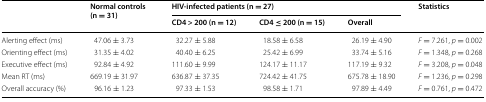
<table><thead><tr><td rowspan="2"></td><td rowspan="2"><b>Normal controls (n = 31)</b></td><td colspan="3"><b>HIV-infected patients (n = 27)</b></td><td rowspan="2"><b>Statistics</b></td></tr><tr><td><b>CD4 &gt; 200 (n = 12)</b></td><td><b>CD4 ≤ 200 (n = 15)</b></td><td><b>Overall</b></td></tr></thead><tbody><tr><td>Alerting effect (ms)</td><td>47.06 ± 3.73</td><td>32.27 ± 5.88</td><td>18.58 ± 6.58</td><td>26.19 ± 4.90</td><td><i>F</i> = 7.261, <i>p</i> = 0.002</td></tr><tr><td>Orienting effect (ms)</td><td>31.35 ± 4.02</td><td>40.40 ± 6.25</td><td>25.42 ± 6.99</td><td>33.74 ± 5.16</td><td><i>F</i> = 1.348, <i>p</i> = 0.268</td></tr><tr><td>Executive effect (ms)</td><td>92.84 ± 4.92</td><td>111.60 ± 9.99</td><td>124.17 ± 11.17</td><td>117.19 ± 9.32</td><td><i>F</i> = 3.208, <i>p</i> = 0.048</td></tr><tr><td>Mean RT (ms)</td><td>669.19 ± 31.97</td><td>636.87 ± 37.35</td><td>724.42 ± 41.75</td><td>675.78 ± 18.90</td><td><i>F</i> = 1.236, <i>p</i> = 0.298</td></tr><tr><td>Overall accuracy (%)</td><td>96.16 ± 1.23</td><td>97.33 ± 1.53</td><td>98.58 ± 1.71</td><td>97.89 ± 4.49</td><td><i>F</i> = 0.761, <i>p</i> = 0.472</td></tr></tbody></table>